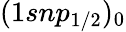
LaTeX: (1snp_{1/2})_{0}